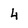
Character: 4